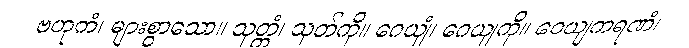
ဗဟုကံ၊ များစွာသော။ သုတ္တံ၊ သုတ်ကို။ ဂေယျံ၊ ဂေယျကို။ ဝေယျကရဏံ၊